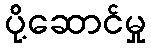
ပို့ဆောင်မှု